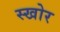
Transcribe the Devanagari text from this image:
स्खोर